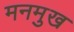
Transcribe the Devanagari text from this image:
मनमुख